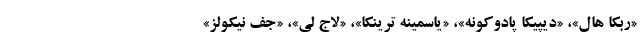
«ربکا هال»، «دیپیکا پادوکونه»، «یاسمینه ترینکا»، «لاج لی»، «جف نیکولز»